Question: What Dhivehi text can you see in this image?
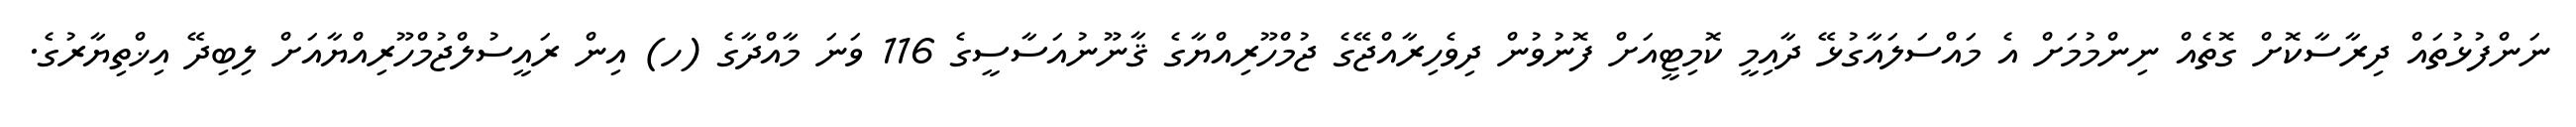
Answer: ނަންފުޅުތައް ދިރާސާކޮށް ގޮތެއް ނިންމުމަށް އެ މައްސަލައާގުޅޭ ދާއިމީ ކޮމިޓީއަށް ފޮނުވުން ދިވެހިރާއްޖޭގެ ޖުމްހޫރިއްޔާގެ ޤާނޫނުއަސާސީގެ 116 ވަނަ މާއްދާގެ (ހ) އިން ރައީސުލްޖުމްހޫރިއްޔާއަށް ލިބިދޭ އިޚްތިޔާރުގެ.